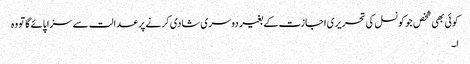
کوئی بھی شخص جو کونسل کی تحریری اجازت کے بغیر دوسری شادی کرنے پر عدالت سے سزا پائے گا تو وہ
ا ۔